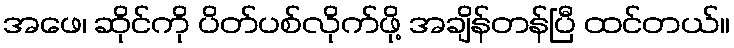
အဖေ၊ ဆိုင်ကို ပိတ်ပစ်လိုက်ဖို့ အချိန်တန်ပြီ ထင်တယ်။